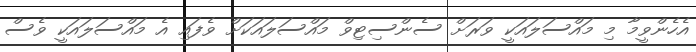
އެހެންވީމާ މި މައްސަލައަކީ ވަރަށް ސެންސިޓިވް މައްސަލައަކަށް ވެފައި އެ މައްސަލައަކީ ވެސް